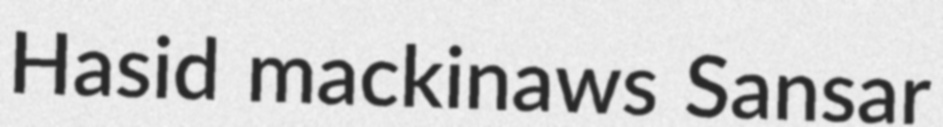
Hasid mackinaws Sansar